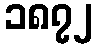
၁၈၇၂